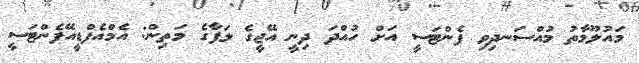
މައުލޫމާތު މުއްސަނދިވި ފެންޓަސީ އަށް ހުއްދަ ދިނީ އޭޖީގެ ލަފާގެ މަތިން: އެމްއެފްޑީއޭފެންޓަސީ